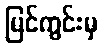
မြင်ကွင်းမှ